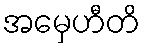
အမှေဟီတိ